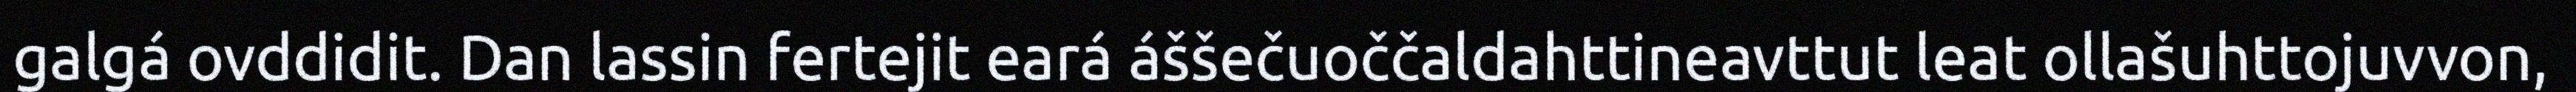
galgá ovddidit. Dan lassin fertejit eará áššečuoččaldahttineavttut leat ollašuhttojuvvon,